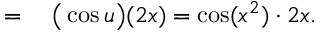
\begin{array} { r l } { = { } } & { { } { \big ( } \cos u { \big ) } ( 2 x ) = \cos ( x ^ { 2 } ) \cdot 2 x . } \end{array}